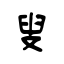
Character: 叟